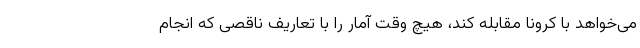
می‌خواهد با کرونا مقابله کند، هیچ وقت آمار را با تعاریف ناقصی که انجام